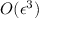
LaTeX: O ( \epsilon ^ { 3 } )